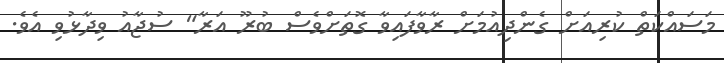
މަސައްކަތް ކުރިއަށް ގެންދިއުމަށް ރާވާފައިވާ ގޮތަށްވެސް ބުރޫ އަރާ" ސުޖާއު ވިދާޅުވި އެވެ.